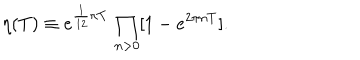
LaTeX: \eta ( T ) \equiv e ^ { \frac { 1 } { 1 2 } \pi T } \, \prod _ { n > 0 } [ 1 - e ^ { 2 \pi n T } ] .